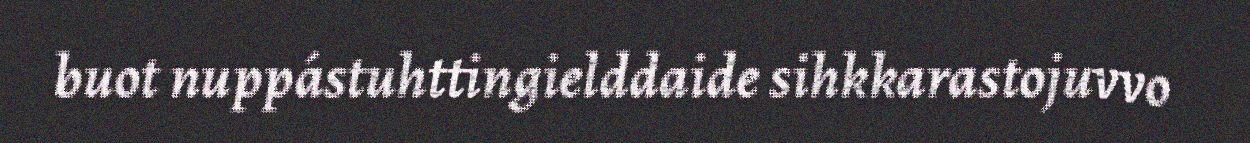
buot nuppástuhttingielddaide sihkkarastojuvvo